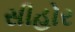
સીહોર